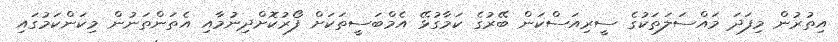
އިތުރުން މިފަދަ މައްސަލަތަކުގެ ސީރިއަސްކަން ބޭރުގެ ކަމާގުޅޭ އެމްބަސީތަކަށް ފޯރުކޮށްދިނުމާއި އެތަންތަނުން މިކަންކަމުގައި